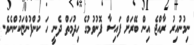
ނިމުނުއިރު ރާއްޖެ އިން ބޭރަށް ފައިސާ ފޮނުވުމުގެ ހިދުމަތް ދެނީ ހަ ކުންފުންޏަކުންނެވެ.